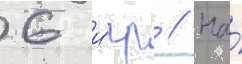
6 и́гр // На́